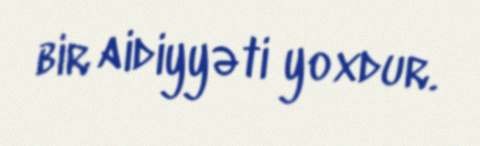
bir aidiyyəti yoxdur.